Report on the bubonic plague in Bombay, 1896-1897
Year: 1896
Disease focus: Plague
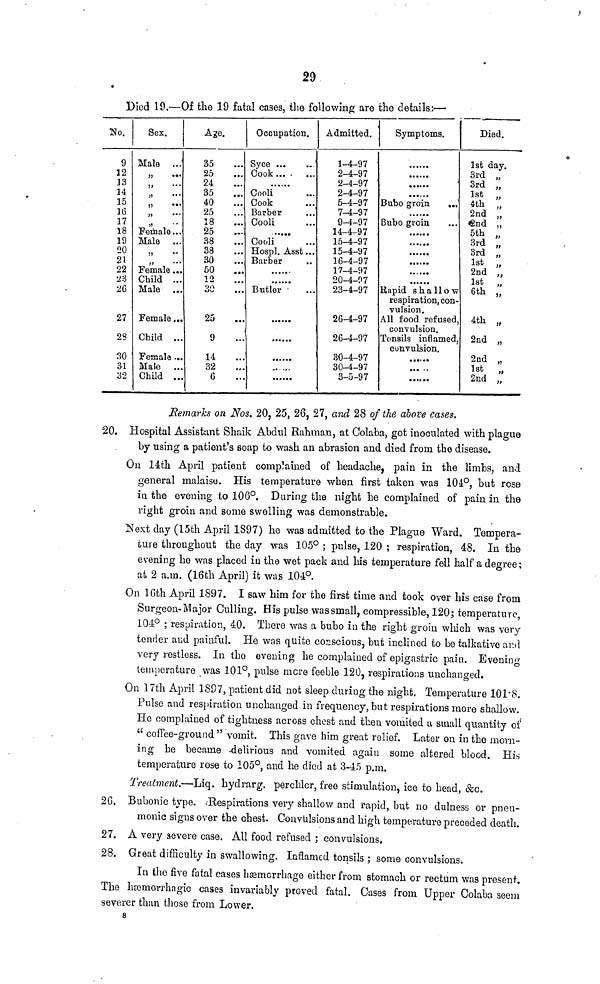
29
Died 19.—Of the 19 fata! cases, the following are the details:—
No.
9
12
13
14
15
16
17
18
19
20
21
22
23
26
27
23
30
31
32
Sex.
Male ...
" ...
...
"
" ...
" ...
" ...
Female...
Male ...
" ...
" ...
Female...
Child ...
Male ...
Female..
Child . ..
Female ...
Male ...
Child . ..
Age.
35 ...
25 ...
24 ...
35 ...
40 ...
25 ...
18 ...
25 ...
38 ...
38 ...
30 ...
50 ...
12 ...
30 ...
25
9
14
32
6
Occupation.
Syce...
...
Cook...
...
......
Cooli ...
Cook ...
Barber ...
Cooli ...
Cooli ...
Hospl. Asst...
Barber ...
......
......
Butler ...
......
......
Admitted.
1-4-97
2-4-97
2-4-97
2-4-97
5-4-97
7-4-97
9-4-97
14-4-97
15-4-97
15-4-97
16-4-97
17-4-97
20-4-07
23-4-97
26-4-97
26-4-97
30-4-97
30-4-97
3-5-97
Symptoms.
'
Bubo groin
...
Bubo groin ...
Rapid shallow
respiration, con-
vulsion.
All food refused
convulsion.
Tonsils inflamed
convulsion.
......
......
Died.
1st day.
3rd „
3rd „
1st „
4th „
2nd „
2nd „
5th „
3rd „
3rd „
1st „
2nd „
1st „
6th „
4th „
2nd „
2nd „
1st „
2nd „
Remarks on Nos. 20, 25, 26, 27, and 28 of the above cases.
20. Hospital Assistant Shaik Abdul Rahman, at Colaba, got inoculated with plague
by using a patient's soap to wash an abrasion and died from the disease.
On 14th April patient complained of headache, pain in the limbs, and
general malaise. His temperature when first taken was 104°, but rose
in. the evening to 106°. During the night he complained of pain in the
right groin and some swelling was demonstrable.
Next day (15th April 1397) he was admitted to the Plague Ward. Tempera-
ture throughout the day was 105° ; pulse, 120 ; respiration, 48. In the
evening he was placed in the wet pack and his temperature fell half a degree;
at 2 a.m. (16th April) it was 104°.
On 16th April 1897. I saw him for the first time and took over his case from
Surgeon-Major Culling. His pulse was small, compressible, 120; temperature,
104° ; respiration, 40. There was a bubo in the right groin which was very
tender and painful. He was quite conscious, but inclined to be talkative and
very restless. In the evening he complained of epigastric pain. Evening
temperature was 101°, pulse mere feeble 120, respirations unchanged.
On 17th April 1897, patient did not sleep during the night. Temperature 101.8.
Pulse and respiration unchanged in frequency, but respirations more shallow.
He complained of tightness across chest and then vomited a small quantity of
"coffee-ground " vomit. This gave him great relief. Later on in the morn-
ing he became delirious and vomited again some altered blood. His
temperature rose to 105°, and he died at 3-45 p.m.
Treatment.—Liq. hydrarg. perehior, free stimulation, ice to head, &c.
26. Bubonic type. Respirations very shallow and rapid, but no dulness or pneu-
monic signs over the chest. Convulsions and high temperature preceded death.
27. A very severe case. All food refused ; convulsions.
28. Great difficulty in swallowing. Inflamed tonsils ; some convulsions.
In the five fatal cases haemorrhage either from stomach or rectum was present.
The hœmorrhagic cases invariably proved fatal. Cases from Upper Colaba seem
severer than those from Lower.
8